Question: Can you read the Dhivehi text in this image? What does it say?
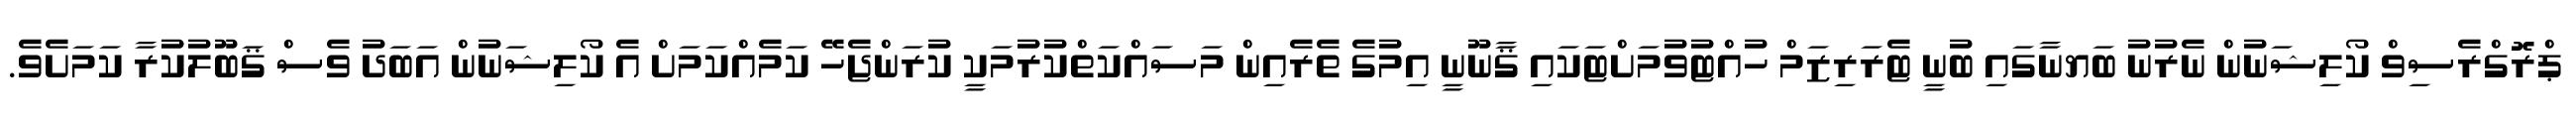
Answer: ޕްރޮގްރެސިވް ކޯލިޝަނުން ނެރުނު ބަޔނާގައި ބުނީ ޓެރަރިޒަމް ހުއްޓުވުމަށްޓަކައި ޤާނޫނީ އިމުގެ ތެރެއިން މަސައްކަތްކުރުމަކީ ކުރަންޖެހޭ ކަމެއްކަމަށް އެ ކޯލިޝަނުން އަބަދު ވެސް ޤަބޫލުކުރާ ކަމަށެވެ.